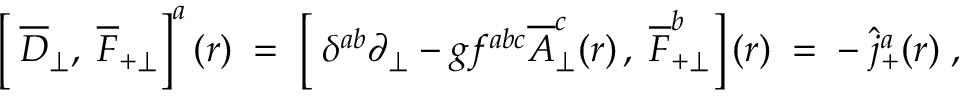
\left[ \frac { } { } \overline { { { D } } } _ { \perp } , \; \overline { { { F } } } _ { + \perp } \right] ^ { a } ( r ) \; = \; \left[ \frac { } { } \delta ^ { a b } \partial _ { \perp } - g f ^ { a b c } \overline { { { A } } } _ { \perp } ^ { c } ( r ) \, , \; \overline { { { F } } } _ { + \perp } ^ { b } \right] ( r ) \; = \; - \; \widehat { j } _ { + } ^ { a } ( r ) \; ,